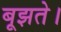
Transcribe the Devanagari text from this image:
बूझते।